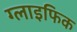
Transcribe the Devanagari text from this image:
ग्लाइफिक